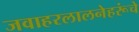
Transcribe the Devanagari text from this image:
जवाहरलालनेहरूंचे